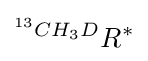
^{^{13}CH_{3}D}R^{*}